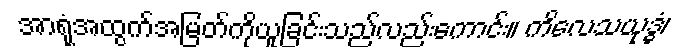
အာရုံအထွက်အမြတ်ကိုယူခြင်းသည်လည်းကောင်း။ ကိလေသယုဒ္ဓံ၊